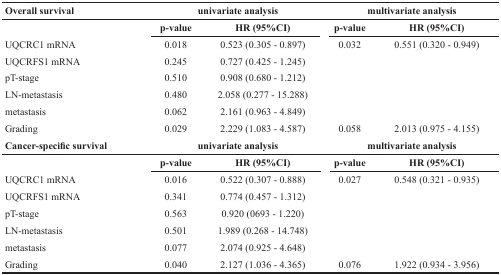
| Overall survival | <COLSPAN=2> univariate analysis | <COLSPAN=2> multivariate analysis |
 |  | p-value | HR (95%CI) | p-value | HR (95%CI) |
 | --- | --- | --- | --- | --- |
 | UQCRC1 mRNA | 0.018 | 0.523 (0.305 - 0.897) | 0.032 | 0.551 (0.320 - 0.949) |
 | UQCRFS1 mRNA | 0.245 | 0.727 (0.425 - 1.245) |  |  |
 | pT-stage | 0.510 | 0.908 (0.680 - 1.212) |  |  |
 | LN-metastasis | 0.480 | 2.058 (0.277 - 15.288) |  |  |
 | metastasis | 0.062 | 2.161 (0.963 - 4.849) |  |  |
 | Grading | 0.029 | 2.229 (1.083 - 4.587) | 0.058 | 2.013 (0.975 - 4.155) |
 | Cancer-specific survival | <COLSPAN=2> univariate analysis | <COLSPAN=2> multivariate analysis |
 |  | p-value | HR (95%CI) | p-value | HR (95%CI) |
 | UQCRC1 mRNA | 0.016 | 0.522 (0.307 - 0.888) | 0.027 | 0.548 (0.321 - 0.935) |
 | UQCRFS1 mRNA | 0.341 | 0.774 (0.457 - 1.312) |  |  |
 | pT-stage | 0.563 | 0.920 (0693 - 1.220) |  |  |
 | LN-metastasis | 0.501 | 1.989 (0.268 - 14.748) |  |  |
 | metastasis | 0.077 | 2.074 (0.925 - 4.648) |  |  |
 | Grading | 0.040 | 2.127 (1.036 - 4.365) | 0.076 | 1.922 (0.934 - 3.956) |